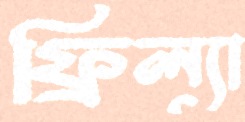
ফ্রিল্যা